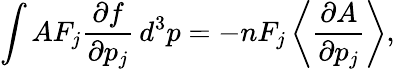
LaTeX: \int AF_{j}{\frac{\partial f}{\partial p_{j}}}\, d^{3}p=-nF_{j}\left\langle{\frac{\partial A}{\partial p_{j}}}\right\rangle,